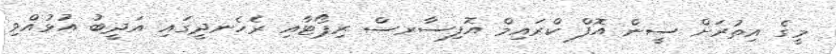
މީގެ އިތުރަށް ސީން އޮފް ކްރައިމް އޮފިސާރސް ރިޕޯޓާއި ރެހެނދީގައި އަދީބު އުޅުއްވި